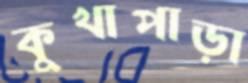
কুখাপাড়া